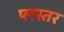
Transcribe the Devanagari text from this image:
प्लस्तर